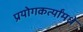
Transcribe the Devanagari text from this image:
प्रयोगकर्त्यांमधे